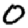
Digit: 0